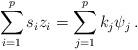
LaTeX: \begin{align*}\sum_{i=1}^p s_i z_i = \sum_{j=1}^p k_j \psi_j\, .\end{align*}